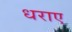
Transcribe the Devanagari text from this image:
धराए